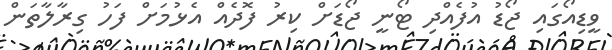
ވީޑިއޯގައި ޖޯޑު އުފެއްދި ޓޯނީ ޖޯޑަށް ކިރު ފޮދެއް އެޅުމަށް ފަހު ގިރާލާތަން